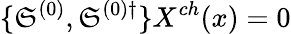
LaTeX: \{ \mathfrak{S}^{(0)},\mathfrak{S}^{(0)\dagger}\} X^{ch}(x)=0